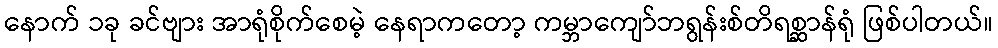
နောက် ၁ခု ခင်ဗျား အာရုံစိုက်စေမဲ့ နေရာကတော့ ကမ္ဘာကျော်ဘရွန်းစ်တိရစ္ဆာန်ရုံ ဖြစ်ပါတယ်။